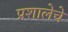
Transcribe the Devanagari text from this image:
प्रशालेचे